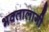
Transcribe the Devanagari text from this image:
भक्‍तालागी